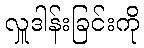
လှူဒါန်းခြင်းကို